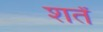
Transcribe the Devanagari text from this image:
शर्तं